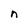
Character: n